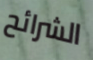
الشرائح